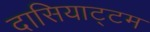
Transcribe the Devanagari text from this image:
दासियाट्टम